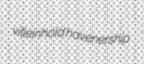
villeinhold havenership